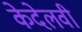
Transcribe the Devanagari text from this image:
केदेलवी